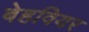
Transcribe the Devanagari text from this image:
बेहवियर